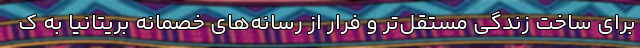
برای ساخت زندگی مستقل‌تر و فرار از رسانه‌های خصمانه بریتانیا به ک